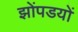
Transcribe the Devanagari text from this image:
झोंपडयों